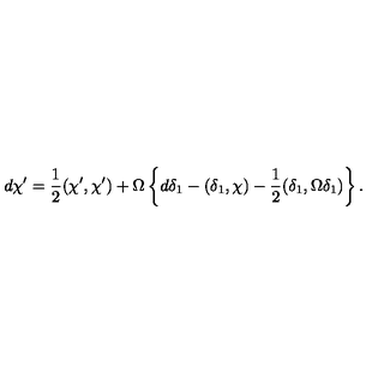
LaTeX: d \chi ^ { \prime } = { \frac { 1 } { 2 } } ( \chi ^ { \prime } , \chi ^ { \prime } ) + \Omega \left\{ d \delta _ { 1 } - ( \delta _ { 1 } , \chi ) - { \frac { 1 } { 2 } } ( \delta _ { 1 } , \Omega \delta _ { 1 } ) \right\} .